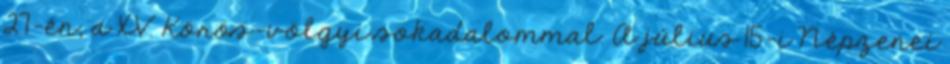
27-én, a XV. Körös-völgyi sokadalommal. A július 15-i Népzenei